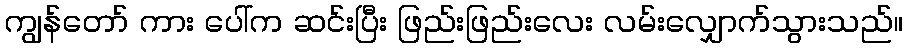
ကျွန်တော် ကား ပေါ်က ဆင်းပြီး ဖြည်းဖြည်းလေး လမ်းလျှောက်သွားသည်။